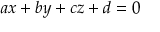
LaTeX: a x + b y + c z + d = 0